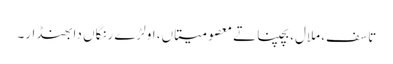
تاسف، ملال، بچپنا تے معصومیتاں، اولڑے رنگاں دا بھنڈار۔